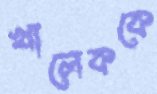
খালেককে